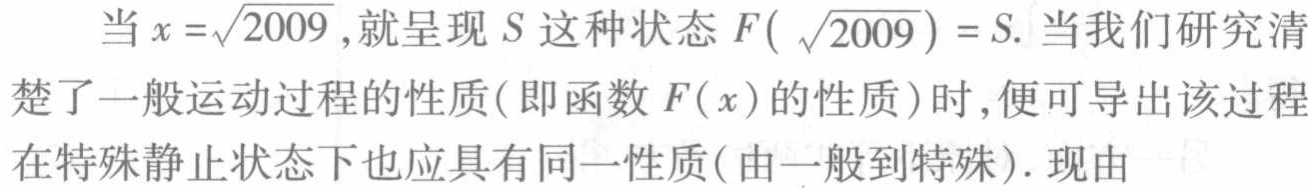
当\(x = \sqrt{2009}\)，就呈现\(S\)这种状态\(F(\sqrt{2009}) = S\). 当我们研究清楚了一般运动过程的性质(即函数\(F(x)\)的性质)时，便可导出该过程在特殊静止状态下也应具有同一性质(由一般到特殊). 现由